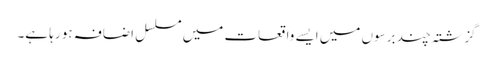
گزشتہ چند برسوں میں ایسے واقعات میں مسلسل اضافہ ہو رہا ہے۔